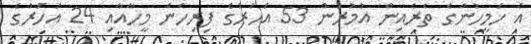
އެ ހަމީހުންގެ ތެރެއިން އުމުރުން 53 އަހަރުގެ ފިރިހެން މީހާއާއި 24 އަހަރުގެ